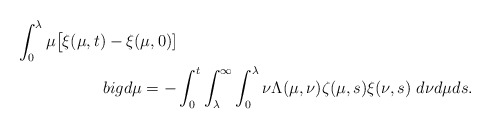
\begin{align*}\int_{0}^{\lambda}\mu\big[\xi(\mu,t)-\xi(\mu,0)]\\big d\mu=-&\int_{0}^{t}\int_{\lambda}^{\infty}\int_{0}^{\lambda}\nu\Lambda(\mu,\nu) \zeta(\mu,s)\xi(\nu,s)\ d\nu d\mu ds.\end{align*}